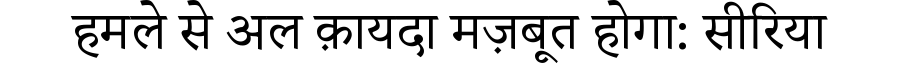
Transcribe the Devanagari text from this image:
हमले से अल क़ायदा मज़बूत होगा: सीरिया